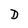
Character: D